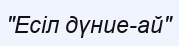
"Есіл дүние-ай"